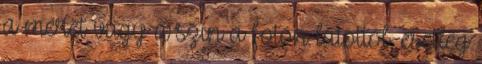
a méret vagy a szín a fotón látottól, esetleg